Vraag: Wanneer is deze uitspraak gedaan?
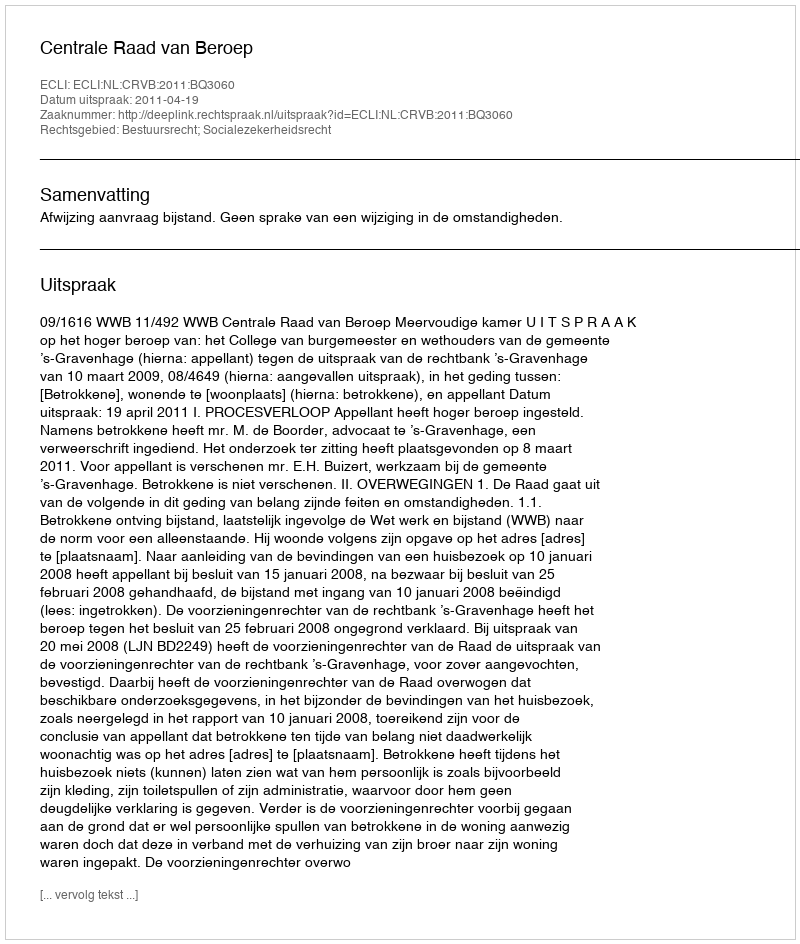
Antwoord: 2011-04-19